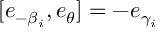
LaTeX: [ e _ { - \beta _ { i } } , e _ { \theta } ] = - e _ { \gamma _ { i } }